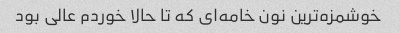
خوشمزه‌ترین نون خامه‌ای که تا حالا خوردم عالی بود